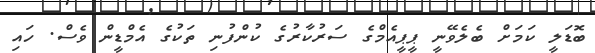
ބޮޑަލީ ކަމަށް ބެލެވޭނީ ޕީޕީއެމްގެ ސަރުކާރުގެ ކުންފުނި ތަކުގެ އެމްޑީން ވެސް. ހައި